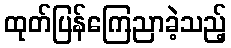
ထုတ်ပြန်ကြေညာခဲ့သည့်